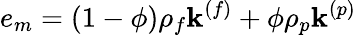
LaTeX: e_{m}=(1-\phi)\rho_{f}\mathbf{k}^{(f)}+\phi\rho_{p}\mathbf{k}^{(p)}